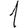
Digit: 1